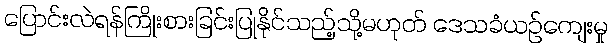
ပြောင်းလဲရန်ကြိုးစားခြင်းပြုနိုင်သည့်သို့မဟုတ် ဒေသခံယဉ်ကျေးမှု